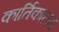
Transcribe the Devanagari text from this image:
कार्तिकालय